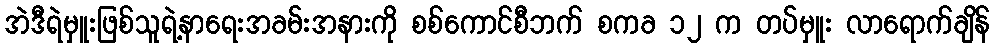
အဲဒီရဲမှူးဖြစ်သူရဲ့နာရေးအခမ်းအနားကို စစ်ကောင်စီဘက် စကခ ၁၂ က တပ်မှူး လာရောက်ချိန်